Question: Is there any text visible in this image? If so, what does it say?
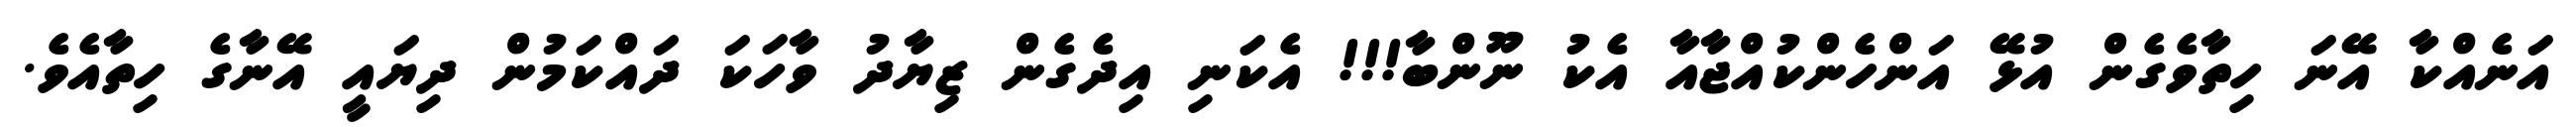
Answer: އަނެއްކާ އޭނަ ހިތާވެގެން އުޅޭ އަންހެންކުއްޖާއާ އެކު ނޫންބާ!!! އެކަނި އިދެގެން ޒިޔާދު ވާހަކަ ދައްކަމުން ދިޔައީ އޭނާގެ ހިތާއެވެ.